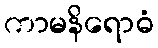
ကာမနိရောဓံ